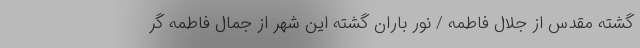
گشته مقدس از جلال فاطمه / نور باران گشته این شهر از جمال فاطمه گر